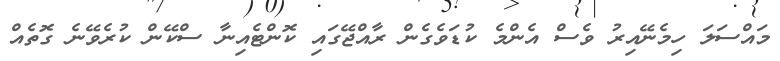
މައްސަލަ ހިމެނޭއިރު ވެސް އެންމެ ކުޑަވެގެން ރާއްޖޭގައި ކޮންޓެއިނާ ސްކޭން ކުރެވޭނެ ގޮތެއް